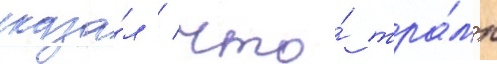
сказа́л / что́ тра́мп